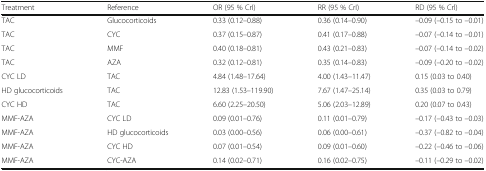
<table><thead><tr><td><b>Treatment</b></td><td><b>Reference</b></td><td><b>OR (95 % CrI)</b></td><td><b>RR (95 % CrI)</b></td><td><b>RD (95 % Crl)</b></td></tr></thead><tbody><tr><td>TAC</td><td>Glucocorticoids</td><td>0.33 (0.12–0.88)</td><td>0.36 (0.14–0.90)</td><td>–0.09 (–0.15 to –0.01)</td></tr><tr><td>TAC</td><td>CYC</td><td>0.37 (0.15–0.87)</td><td>0.41 (0.17–0.88)</td><td>–0.07 (–0.14 to –0.01)</td></tr><tr><td>TAC</td><td>MMF</td><td>0.40 (0.18–0.81)</td><td>0.43 (0.21–0.83)</td><td>–0.07 (–0.14 to –0.02)</td></tr><tr><td>TAC</td><td>AZA</td><td>0.32 (0.12–0.81)</td><td>0.35 (0.14–0.83)</td><td>–0.09 (–0.20 to –0.02)</td></tr><tr><td>CYC LD</td><td>TAC</td><td>4.84 (1.48–17.64)</td><td>4.00 (1.43–11.47)</td><td>0.15 (0.03 to 0.40)</td></tr><tr><td>HD glucocorticoids</td><td>TAC</td><td>12.83 (1.53–119.90)</td><td>7.67 (1.47–25.14)</td><td>0.35 (0.03 to 0.79)</td></tr><tr><td>CYC HD</td><td>TAC</td><td>6.60 (2.25–20.50)</td><td>5.06 (2.03–12.89)</td><td>0.20 (0.07 to 0.43)</td></tr><tr><td>MMF-AZA</td><td>CYC LD</td><td>0.09 (0.01–0.76)</td><td>0.11 (0.01–0.79)</td><td>–0.17 (–0.43 to –0.03)</td></tr><tr><td>MMF-AZA</td><td>HD glucocorticoids</td><td>0.03 (0.00–0.56)</td><td>0.06 (0.00–0.61)</td><td>–0.37 (–0.82 to –0.04)</td></tr><tr><td>MMF-AZA</td><td>CYC HD</td><td>0.07 (0.01–0.54)</td><td>0.09 (0.01–0.60)</td><td>–0.22 (–0.46 to –0.06)</td></tr><tr><td>MMF-AZA</td><td>CYC-AZA</td><td>0.14 (0.02–0.71)</td><td>0.16 (0.02–0.75)</td><td>–0.11 (–0.29 to –0.02)</td></tr></tbody></table>